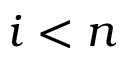
i < n